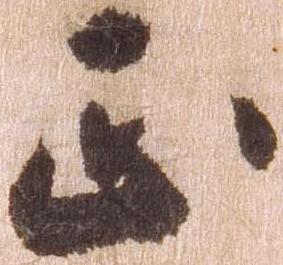
正